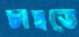
চাহতে